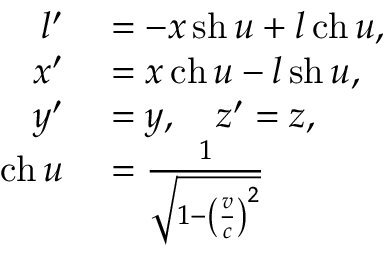
\begin{array} { r l } { l ^ { \prime } } & { { } = - x \operatorname { s h } u + l \operatorname { c h } u , } \\ { x ^ { \prime } } & { { } = x \operatorname { c h } u - l \operatorname { s h } u , } \\ { y ^ { \prime } } & { { } = y , \quad z ^ { \prime } = z , } \\ { \operatorname { c h } u } & { { } = { \frac { 1 } { \sqrt { 1 - \left( { \frac { v } { c } } \right) ^ { 2 } } } } } \end{array}